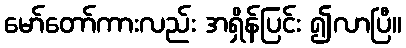
မော်တော်ကားလည်း အရှိန်ပြင်း ၍လာပြီ။